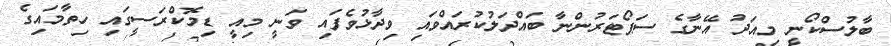
ބާލުސްކޯނީ މިއަދު އޭނާގެ ސަޕޯޓަރުންނާ ބައްދަލުކުރައްވައި ވިދާޅުވެފައި ވަނީ މިއީ ޑިމޮކްރަސީގައި ހިތާމައިގެ